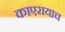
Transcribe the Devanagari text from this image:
काएरायाच